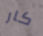
كار